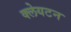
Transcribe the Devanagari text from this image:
क्लेयटन